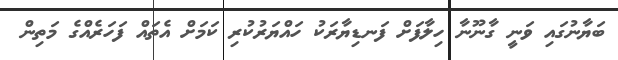
ބަޔާނުގައި ވަނީ ގާނޫނާ ހިލާފަށް ފަނޑިޔާރަކު ހައްޔަރުކުރި ކަމަށް އެތައް ފަހަރެއްގެ މަތިން